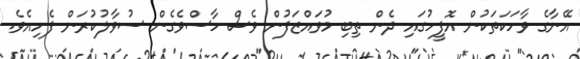
އޭނާގެ ވާހަކަތަކުން އޮފީހުގައި ދެން ތިބި މުވައްޒަފުން ވެސް ހާސްވެގެން ސުވާލުކުރަން ފެށިއެވެ.